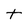
Character: t